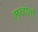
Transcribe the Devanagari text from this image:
मुन्डोली